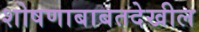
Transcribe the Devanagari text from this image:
शोषणाबाबतदेखील